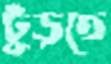
ঢুঁড়তে